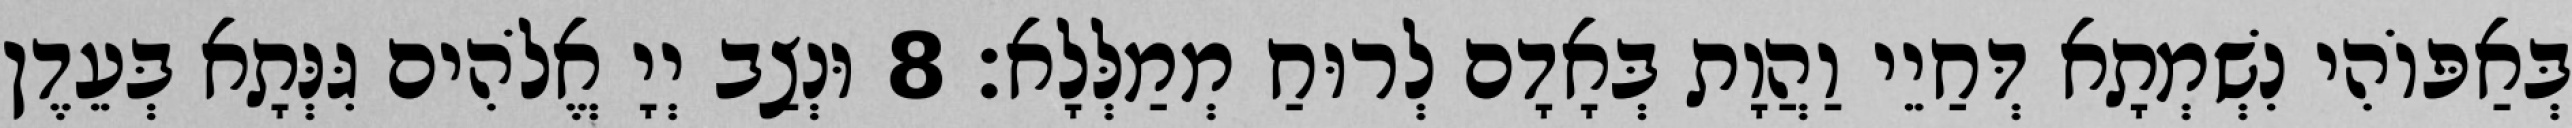
בְּאַפּוֹהִי נִשְׁמְתָא דְּחַיֵי וַהֲוָת בְּאָדָם לְרוּחַ מְמַלְּלָא׃ 8 וּנְצַב יְיָ אֱלֹהִים גִּנְּתָא בְּעֵדֶן